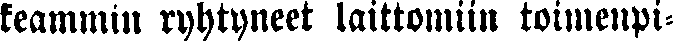
keammin ryhtyneet laittomiin toimenpi-